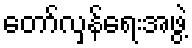
တော်လှန်ရေးအဖွဲ့